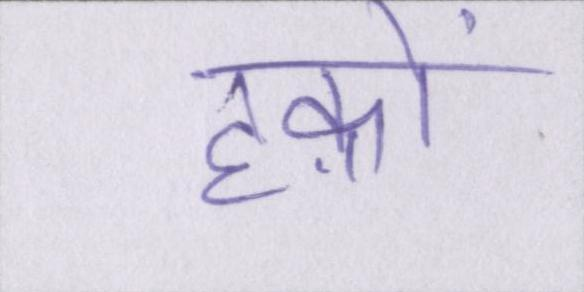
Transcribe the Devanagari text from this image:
हक़ों